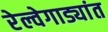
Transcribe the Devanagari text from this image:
रेल्वेगाड्यांत